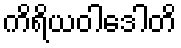
ကိရိယဝါဒေါတိ